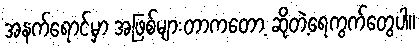
အနက်ရောင်မှာ အဖြစ်များတာကတော့ ဆိုတဲ့ရေကွက်တွေပါ။